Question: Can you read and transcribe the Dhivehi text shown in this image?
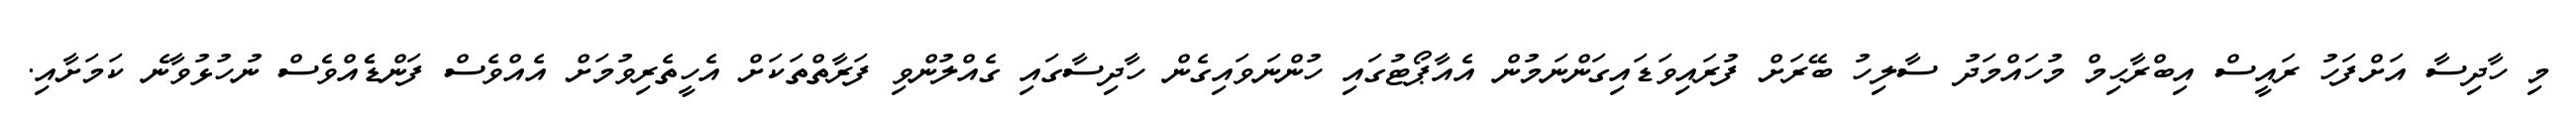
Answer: މި ހާދިސާ އަށްފަހު ރައީސް އިބްރާޙިމް މުހައްމަދު ސާލިހު ބޭރަށް ފުރައިވަޑައިގަންނަމުން އެއާޕޯޓުގައި ހުންނަވައިގެން ހާދިސާގައި ގެއްލުންވި ފަރާތްތަކަށް އެހީތެރިވުމަށް އެއްވެސް ފަންޑެެއްވެސް ނުހުޅުވާނެ ކަމަށާއި.